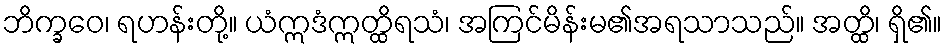
ဘိက္ခဝေ၊ ရဟန်းတို့။ ယံဣဒံဣတ္ထိရသံ၊ အကြင်မိန်းမ၏အရသာသည်။ အတ္ထိ၊ ရှိ၏။